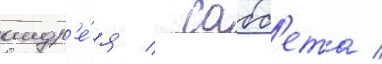
андр'е́я / сабб'ета /